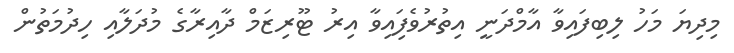
މިިދިޔަ މަހު ލިބިފައިވާ އާމްދަނީ އިތުރުވެފަިއިވާ އިރު ޓޫރިޒަމް ދާއިރާގެ މުދަލާއި ހިދުމަތުން